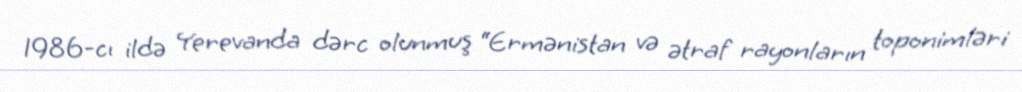
1986-cı ildə Yerevanda dərc olunmuş “Ermənistan və ətraf rayonların toponimləri